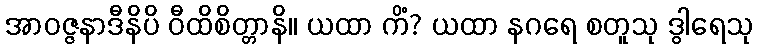
အာဝဇ္ဇနာဒီနိပိ ဝီထိစိတ္တာနိ။ ယထာ ကိံ? ယထာ နဂရေ စတူသု ဒွါရေသု